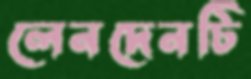
লেনদেনটি